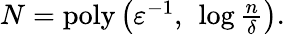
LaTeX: \begin{array}{r}{N=\mathrm{poly}\left(\varepsilon^{-1},\ \log\frac{n}{\delta}\right).}\end{array}